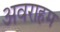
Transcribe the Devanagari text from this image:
अवराहम